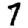
Digit: 7